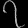
Digit: ၇